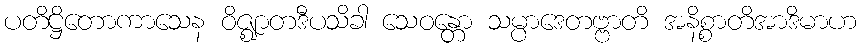
ပတိဋ္ဌိတောကာသေန ဝိဇ္ဈာတဒီပသိခါ သေဝန္တော သမ္ပာဒေတဗ္ဗာတိ အနိစ္စာတိအာဒိမာဟ